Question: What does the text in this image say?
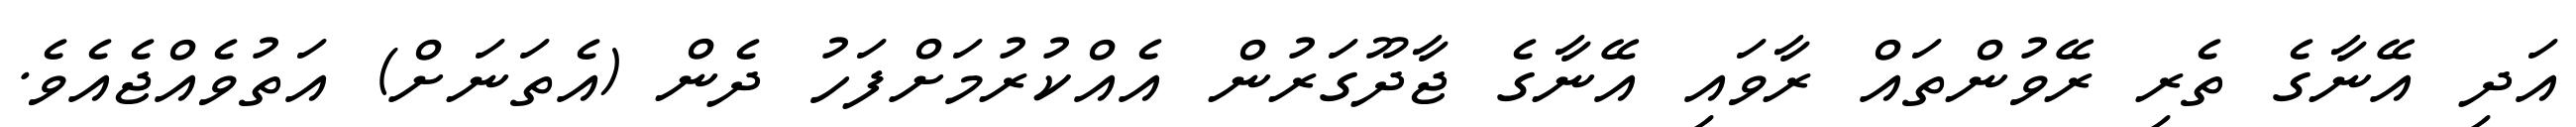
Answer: އަދި އޭނާގެ ތެރި ރޭވުންތައް ރާވައި އޭނާގެ ޖާދޫގަރުން އެއްކުރުމަށްފަހު ދެން (އެތަނަށް) އަތުވެއްޖެއެވެ.